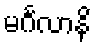
မင်္ဂလာနိ